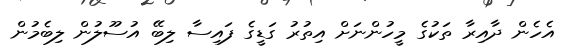
އެހެން ދާއިރާ ތަކުގެ މީހުންނަށް އިތުރު ގަޑީގެ ފައިސާ ލިބޭ އުސޫލުން ލިބެމުން